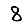
Digit: 8